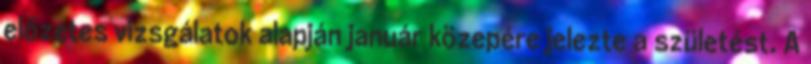
előzetes vizsgálatok alapján január közepére jelezte a születést. A